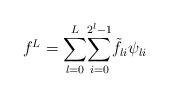
LaTeX: \begin{align*}f^L = \underset{l=0}{\overset{L}{\sum}} \underset{i=0}{\overset{2^l-1}{\sum}} \tilde{f}_{li}\psi_{li} \end{align*}